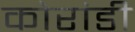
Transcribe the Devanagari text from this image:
कोरांडी